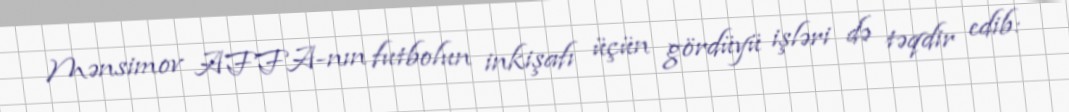
Mənsimov AFFA-nın futbolun inkişafı üçün gördüyü işləri də təqdir edib: